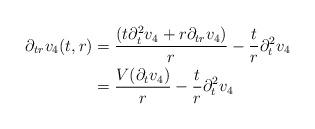
LaTeX: \begin{align*} \partial_{tr}v_{4}(t,r) &= \frac{(t\partial_{t}^{2} v_{4} + r \partial_{tr}v_{4})}{r} - \frac{t}{r} \partial_{t}^{2}v_{4}\\&=\frac{V(\partial_{t}v_{4})}{r} - \frac{t}{r} \partial_{t}^{2}v_{4}\end{align*}